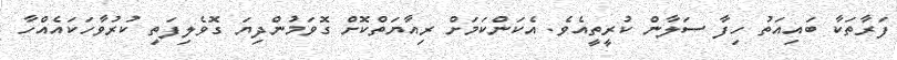
ފަރާތަކާ ބައިއަތު ހިފާ ސަލާން ކުރީތީއެވެ. އެކަންކަމަށް ރިއާޔަތްކޮށް ގޮވަމުންދިޔަ ގޮވެލިފަތި ކުރުވާހަކައެއްހާ